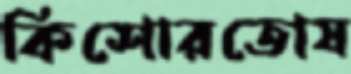
কিশোরতোষ